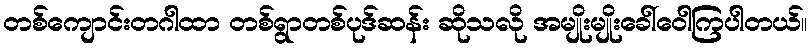
တစ်ကျောင်းတဂါထာ တစ်ရွာတစ်ပုဒ်ဆန်း ဆိုသလို အမျိုးမျိုးခေါ်ဝေါကြပါတယ်။